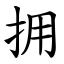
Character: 拥